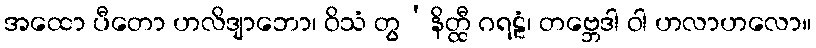
အထော ပီတော ဟလိဒျာဘော၊ ဝိသံ တွ’နိတ္ထီ ဂရဠံ၊ တဗ္ဘေဒါ ဝါ ဟလာဟလော။